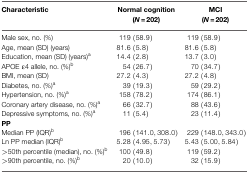
| Characteristic | Normal cognition (N = 202) | MCI (N = 202) |
 | --- | --- | --- |
 | Male sex, no. (%) | 119 (58.9) | 119 (58.9) |
 | Age, mean (SD) (years) | 81.6 (5.8) | 81.6 (5.8) |
 | Education, mean (SD) (years)a | 14.4 (2.8) | 13.7 (3.0) |
 | APOE ε4 allele, no. (%)b | 54 (26.7) | 70 (34.7) |
 | BMI, mean (SD) | 27.2 (4.3) | 27.2 (4.8) |
 | Diabetes, no. (%)a | 39 (19.3) | 59 (29.2) |
 | Hypertension, no. (%)a | 158 (78.2) | 174 (86.1) |
 | Coronary artery disease, no. (%)a | 66 (32.7) | 88 (43.6) |
 | Depressive symptoms, no. (%)a | 11 (5.4) | 23 (11.4) |
 | PP |
 | Median PP (IQR)b | 196 (141.0,308.0) | 229 (148.0,343.0) |
 | Ln PP median (IQR)b | 5.28 (4.95,5.73) | 5.43 (5.00,5.84) |
 | >50th percentile (median), no. (%)b | 100 (49.8) | 119 (59.2) |
 | >90th percentile, no. (%)b | 20 (10.0) | 32 (15.9) |